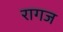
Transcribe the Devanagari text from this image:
रागज